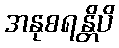
အနုစရန္တိပိ